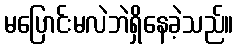
မပြောင်းမလဲဘဲရှိနေခဲ့သည်။